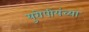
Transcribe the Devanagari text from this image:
युरोपीयंच्या